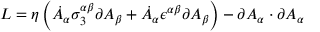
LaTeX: { \cal L } = \eta \left( \dot { A } _ { \alpha } \sigma _ { 3 } ^ { \alpha \beta } \partial A _ { \beta } + \dot { A } _ { \alpha } \epsilon ^ { \alpha \beta } \partial A _ { \beta } \right) - \partial A _ { \alpha } \cdot \partial A _ { \alpha }